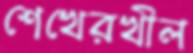
শেখেরখীল